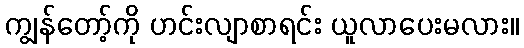
ကျွန်တော့်ကို ဟင်းလျာစာရင်း ယူလာပေးမလား။